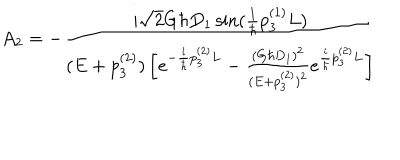
A _ { 2 } = - \frac { i \sqrt { 2 } G \hbar D _ { 1 } \sin ( \frac { 1 } { \hbar } p _ { 3 } ^ { ( 1 ) } L ) } { ( E + p _ { 3 } ^ { ( 2 ) } ) \left[ e ^ { - \frac { i } { \hbar } p _ { 3 } ^ { ( 2 ) } L } - \frac { ( G \hbar D _ { 1 } ) ^ { 2 } } { ( E + p _ { 3 } ^ { ( 2 ) } ) ^ { 2 } } e ^ { \frac { i } { \hbar } p _ { 3 } ^ { ( 2 ) } L } \right] }